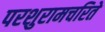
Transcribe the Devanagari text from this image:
परशुरामचरिते